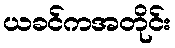
ယခင်ကအတိုင်း